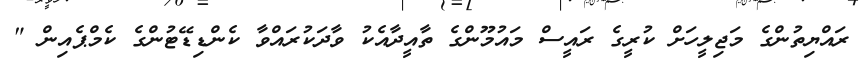
ރައްޔިތުންގެ މަޖިލީހަށް ކުރީގެ ރައީސް މައުމޫންގެ ތާއީދާއެކު ވާދަކުރައްވާ ކެންޑިޑޭޓުންގެ ކެމްޕެއިން "